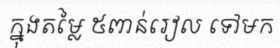
ក្នុងតម្លៃ ៥ពាន់រៀល ទៅមក